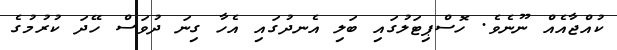
ކުއްޖާއެއް ނޫނެވެ. ހޮސްޕިޓަލުގައި ބަލި އެނދުގައި އެހާ ގިނަ ދުވަސް ހޭދަ ކުރުމުގެ